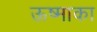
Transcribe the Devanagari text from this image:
ऊष्माका